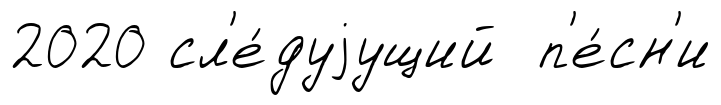
2020 сл'е́дуjущий п'е́сн'и